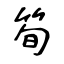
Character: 筍